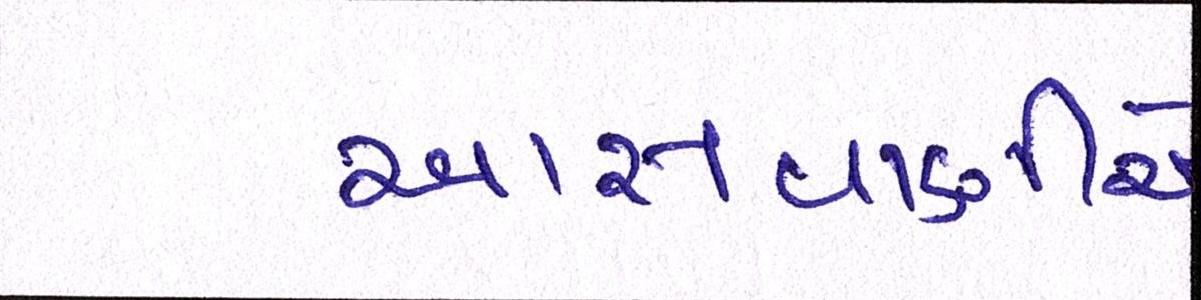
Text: આસવાણીએ